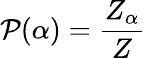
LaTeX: \mathcal{P}(\alpha)=\frac{Z_{\alpha}}{Z}